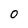
Character: 0